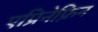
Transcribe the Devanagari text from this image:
एप्रिनेफ्रिन